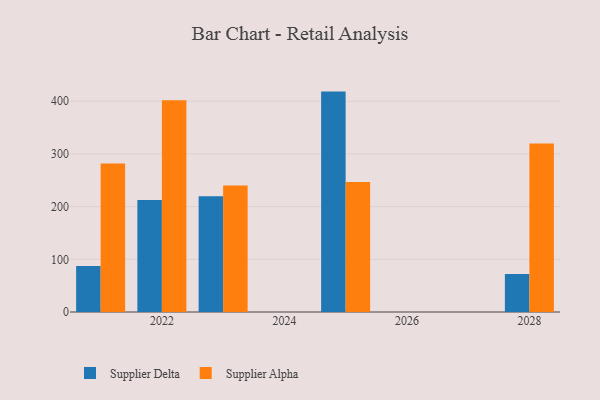
{"axis": {"x": "Year", "y": "Production Output"}, "legend": ["Supplier Alpha", "Supplier Delta"], "data": [{"x": "2025", "y": 418.2, "type": "Supplier Delta"}, {"x": "2025", "y": 246.7, "type": "Supplier Alpha"}, {"x": "2022", "y": 212.3, "type": "Supplier Delta"}, {"x": "2022", "y": 401.6, "type": "Supplier Alpha"}, {"x": "2023", "y": 219.8, "type": "Supplier Delta"}, {"x": "2023", "y": 240.2, "type": "Supplier Alpha"}, {"x": "2021", "y": 87.2, "type": "Supplier Delta"}, {"x": "2021", "y": 282.0, "type": "Supplier Alpha"}, {"x": "2028", "y": 72.2, "type": "Supplier Delta"}, {"x": "2028", "y": 319.9, "type": "Supplier Alpha"}]}